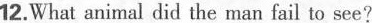
12.What animal did the man fail to see?